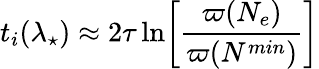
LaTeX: t_{i}(\lambda_{\star})\approx 2\tau\ln\biggr[\frac{\varpi(N_{e})}{\varpi(N^{min})}\biggl]